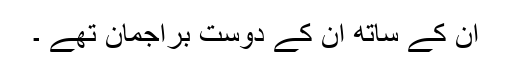
ان کے ساتھ ان کے دوست براجمان تھے ۔